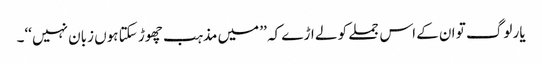
یار لوگ تو ان کے اس جملے کو لے اڑے کہ ’’ میں مذہب چھوڑ سکتا ہوں زبان نہیں ‘‘۔